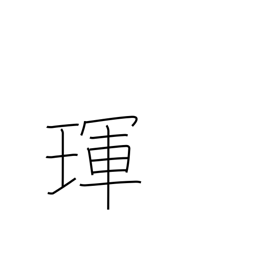
Meaning: jewel